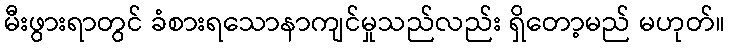
မီးဖွားရာတွင် ခံစားရသောနာကျင်မှုသည်လည်း ရှိတော့မည် မဟုတ်။